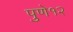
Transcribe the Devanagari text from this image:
पुणे१२